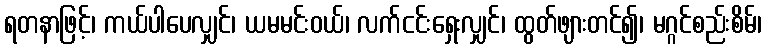
ရတနာဖြင့်၊ ကယ်ပါပေလျှင်၊ ယမမင်းဝယ်၊ လက်ငင်းရှေးလျှင်၊ ထွတ်ဖျားတင်၍၊ မဂ္ဂင်စည်းစိမ်၊